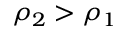
\rho _ { 2 } > \rho _ { 1 }